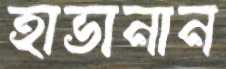
হাভানান